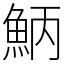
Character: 𩶁